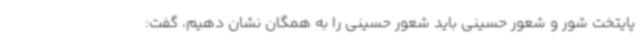
پایتخت شور و شعور حسینی باید شعور حسینی را به همگان نشان دهیم، گفت: